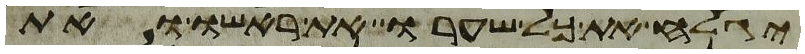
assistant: יגלח את כל שערו את ראשו ואת